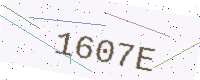
Text: 1607E